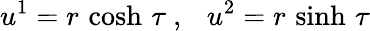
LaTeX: u^{1}=r\, \cosh\, \tau\ ,\ \ \ u^{2}=r\, \sinh\, \tau